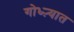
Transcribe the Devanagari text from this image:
गोध्ऱ्यात